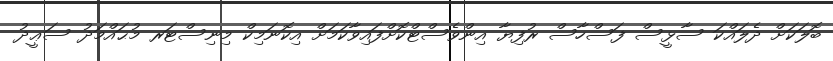
ބޮލަކަށް ދެލައްކަ ސާޅީސް ފަސްހާސް ރުފިޔާ އިންވެސްޓްކޮށްފައިވާކަމަށް އިކޮނަމިކް މިނިސްޓަރ މުޙައްމަދު ސަޢީދު